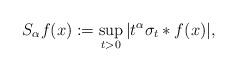
LaTeX: \begin{align*}S_{\alpha} f(x) := \sup_{t > 0} |t^{\alpha} \sigma_t * f(x)| , \end{align*}